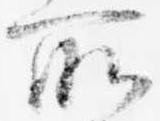
所